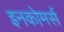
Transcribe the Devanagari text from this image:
इनकोमर्स